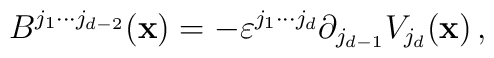
B^{ j_1\cdots j_{d-2}}(\textbf{x})=-\varepsilon^{ j_1\cdots j_d}  \partial_{j_{d-1}}V_{j_d}(\textbf{x})\,,